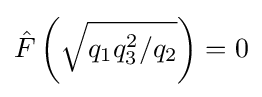
{\hat {F}}\left({\sqrt {q_{1}q_{3}^{2}/q_{2}}}\right)=0